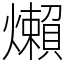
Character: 㸊